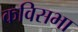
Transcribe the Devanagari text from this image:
कविसभा